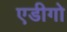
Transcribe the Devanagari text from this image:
एडीगो